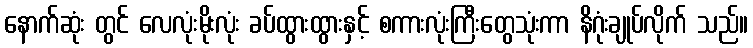
နောက်ဆုံး တွင် လေလုံးမိုးလုံး ခပ်ထွားထွားနှင့် စကားလုံးကြီးတွေသုံးကာ နိဂုံးချုပ်လိုက် သည်။